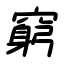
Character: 窮